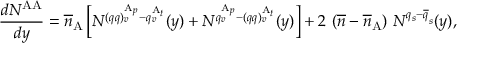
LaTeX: \frac { d N ^ { \mathrm { A A } } } { d y } = \overline { { { n } } } _ { \mathrm { A } } \left[ N ^ { ( q q ) _ { v } ^ { \mathrm { A } _ { p } } - q _ { v } ^ { \mathrm { A } _ { t } } } ( y ) + N ^ { q _ { v } ^ { \mathrm { A } _ { p } } - ( q q ) _ { v } ^ { \mathrm { A } _ { t } } } ( y ) \right] + 2 \ ( \overline { { { n } } } - \overline { { { n } } } _ { \mathrm { A } } ) \ N ^ { q _ { s } - \overline { { { q } } } _ { s } } ( y ) ,